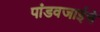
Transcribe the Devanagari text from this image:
पांडवजाईचे